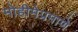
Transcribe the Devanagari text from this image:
मोहीमेप्रमाणे